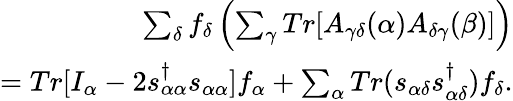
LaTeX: \begin{array}{r}{\sum_{\delta}f_{\delta}\left(\sum_{\gamma}Tr[A_{\gamma\delta}(\alpha)A_{\delta\gamma}(\beta)]\right)}\\ {=Tr[I_{\alpha}-2s_{\alpha\alpha}^{\dagger}s_{\alpha\alpha}]f_{\alpha}+\sum_{\alpha}Tr(s_{\alpha\delta}s_{\alpha\delta}^{\dagger})f_{\delta}.}\end{array}